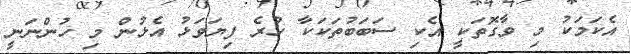
އެކަމަކު މި ވާގޮތަކީ އެކި ސަބަބުތަކަކާ ހުރެ ފިޔަވަޅު އެޅުން މި ހުންނަނީ